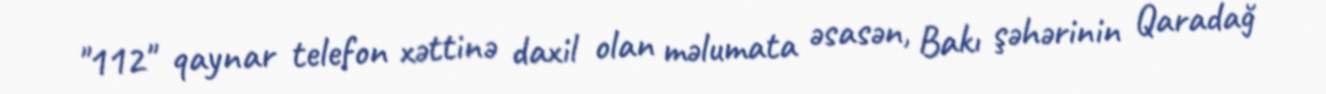
"112" qaynar telefon xəttinə daxil olan məlumata əsasən, Bakı şəhərinin Qaradağ